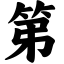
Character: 第